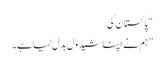
“ پاکستان کی
”ہم نے اپنا شیڈول بدل لیا ہے۔